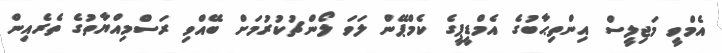
އެމްވީ މަޖިލީސް އިންތިޙާބުގެ އެމްޑީޕީގެ ކެމްޕޭން ލަވަ ލޯންޗުކުރުމަށް ބޭއްވި ރަސްމިއްޔާތުގެ ތެރެއިން